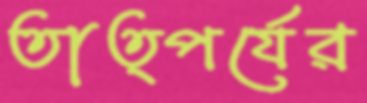
তাত্পর্যের